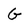
Character: G